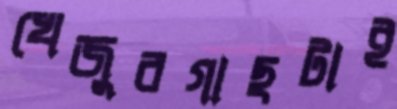
খেজুরগাছটাই